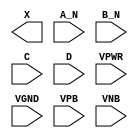
/**
 * Copyright 2020 The SkyWater PDK Authors
 *
 * Licensed under the Apache License, Version 2.0 (the "License");
 * you may not use this file except in compliance with the License.
 * You may obtain a copy of the License at
 *
 *     https://www.apache.org/licenses/LICENSE-2.0
 *
 * Unless required by applicable law or agreed to in writing, software
 * distributed under the License is distributed on an "AS IS" BASIS,
 * WITHOUT WARRANTIES OR CONDITIONS OF ANY KIND, either express or implied.
 * See the License for the specific language governing permissions and
 * limitations under the License.
 *
 * SPDX-License-Identifier: Apache-2.0
 */

`ifndef SKY130_FD_SC_LS__AND4BB_PP_BLACKBOX_V
`define SKY130_FD_SC_LS__AND4BB_PP_BLACKBOX_V

/**
 * and4bb: 4-input AND, first two inputs inverted.
 *
 * Verilog stub definition (black box with power pins).
 *
 * WARNING: This file is autogenerated, do not modify directly!
 */

`timescale 1ns / 1ps
`default_nettype none

(* blackbox *)
module sky130_fd_sc_ls__and4bb (
    X   ,
    A_N ,
    B_N ,
    C   ,
    D   ,
    VPWR,
    VGND,
    VPB ,
    VNB
);

    output X   ;
    input  A_N ;
    input  B_N ;
    input  C   ;
    input  D   ;
    input  VPWR;
    input  VGND;
    input  VPB ;
    input  VNB ;
endmodule

`default_nettype wire
`endif  // SKY130_FD_SC_LS__AND4BB_PP_BLACKBOX_V